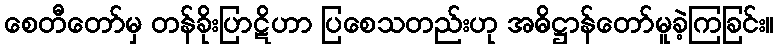
စေတီတော်မှ တန်ခိုးပြာဋိဟာ ပြစေသတည်းဟု အဓိဋ္ဌာန်တော်မူခဲ့ကြခြင်း။